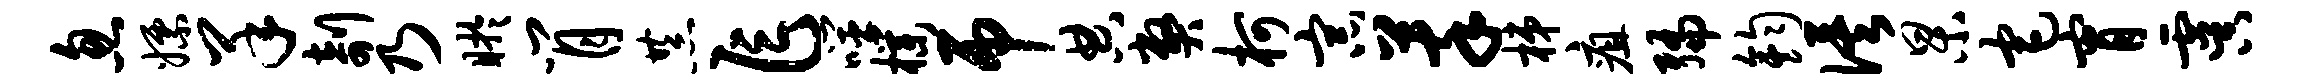
忽嫖羊剞乃盱肖恭乍噬朴吊典弊柯宗萃梯疽编钧俟杲宅宵虞